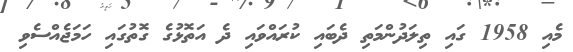
މެއި 1958 ގައި ތިލަދުންމަތި ދެބައި ކުރައްވައި ދެ އަތޮޅުގެ ގޮތުގައި ހަމަޖެއްސެވި